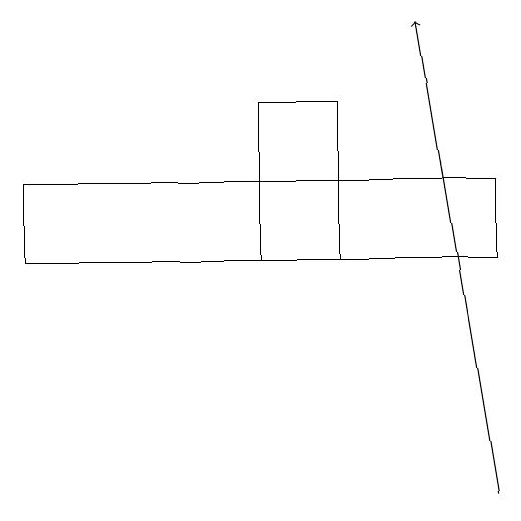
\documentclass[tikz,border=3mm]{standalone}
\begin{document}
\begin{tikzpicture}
\draw (8,14) rectangle (2,13);
\draw[->] (8,10) -- (7,16);
\draw (5,13) rectangle (6,15);
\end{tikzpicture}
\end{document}